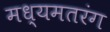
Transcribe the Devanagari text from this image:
मध्यमतरंग